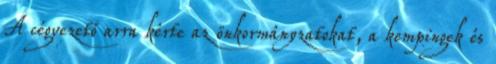
A cégvezető arra kérte az önkormányzatokat, a kempingek és